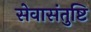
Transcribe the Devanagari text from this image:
सेवासंतुष्टि